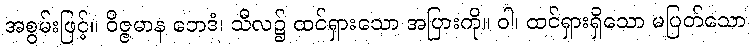
အစွမ်းဖြင့်။ ဝိဇ္ဇမာန ဘေဒံ၊ သီလ၌ ထင်ရှားသော အပြားကို။ ဝါ၊ ထင်ရှားရှိသော မပြတ်သော